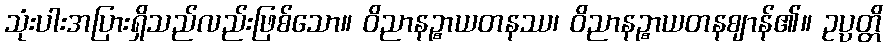
သုံးပါးအပြားရှိသည်လည်းဖြစ်သော။ ဝိညာနဉ္စာယတနဿ၊ ဝိညာနဉ္စာယတနဈာန်၏။ ဥပ္ပတ္တိ